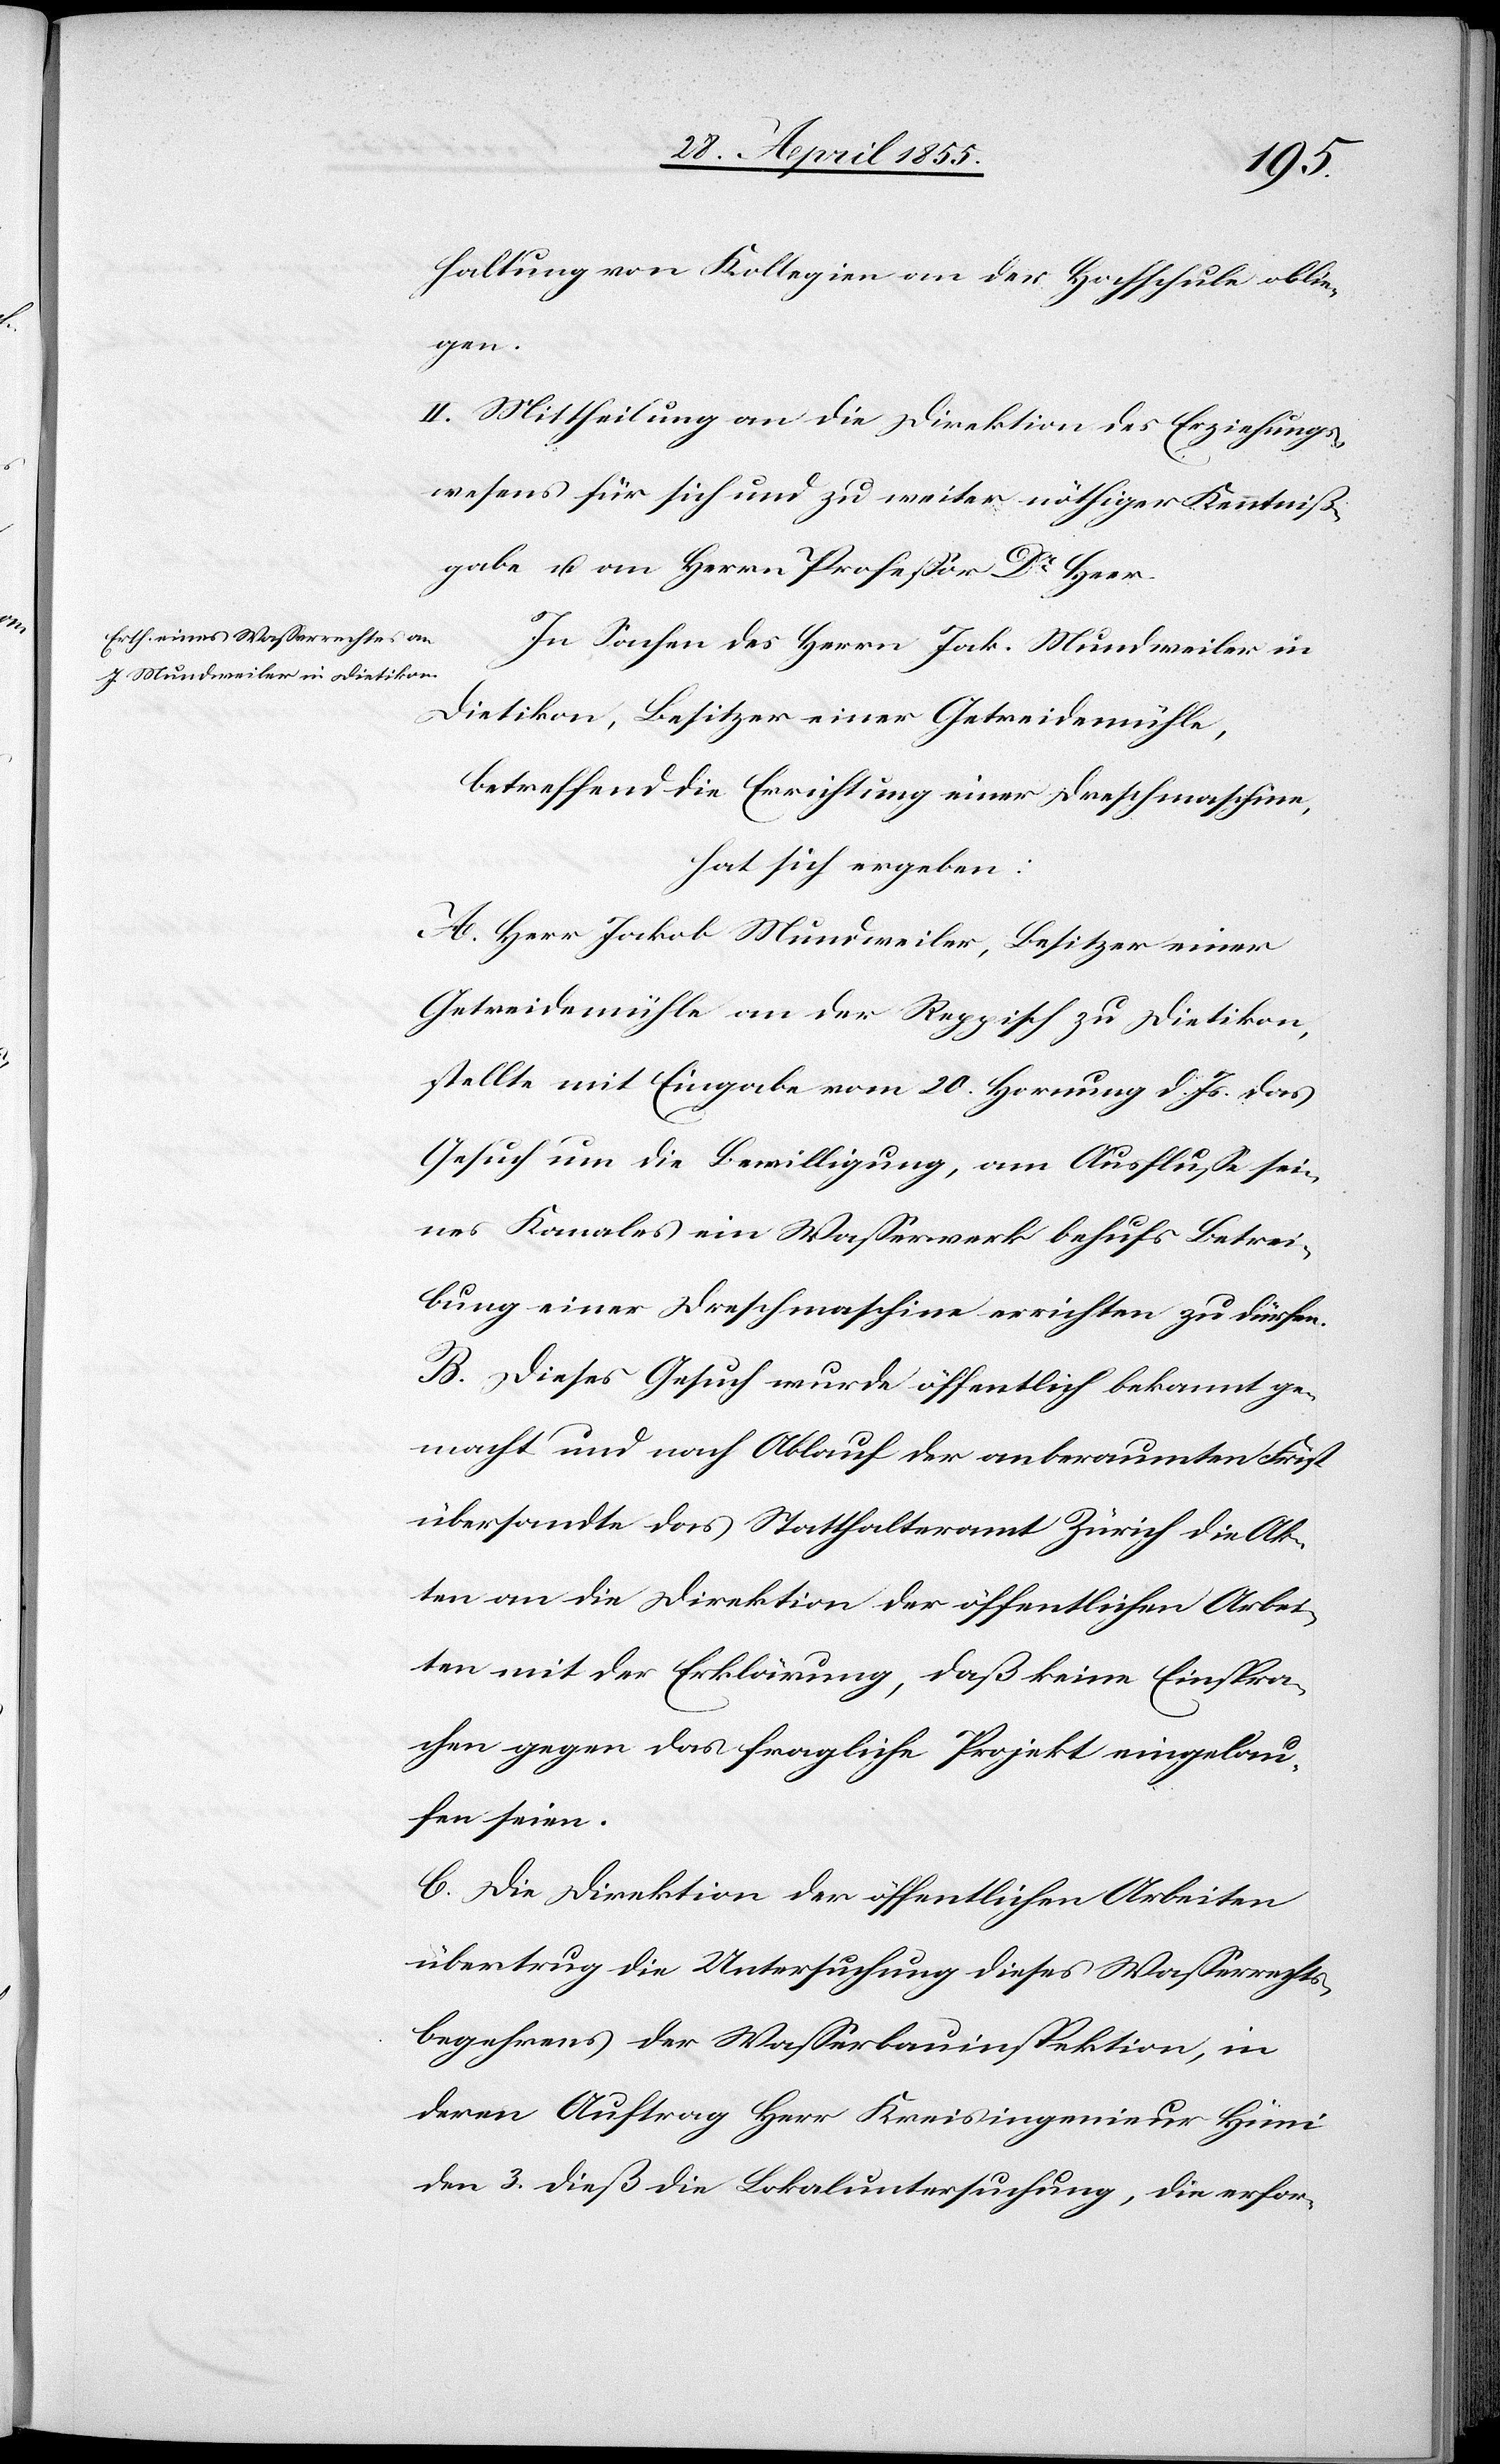
haltung von Kollegien an der Hochschule oblie¬
gen.
II. Mittheilung an die Direktion des Erziehungs¬
wesens für sich und zu weiter nöthiger Kenntniß¬
gabe u. an Herrn Professor Dr Heer.
In Sachen des Herrn Jak. Mundweiler in
Dietikon, Besitzer einer Getreidemühle,
betreffend die Errichtung einer Dreschmaschine,
hat sich ergeben:
A. Herr Jakob Mundweiler, Besitzer einer
Getreidemühle an der Reppisch zu Dietikon,
stellte mit Eingabe vom 20. Hornung d. Js. das
Gesuch um die Bewilligung, am Ausflusse sei¬
nes Kanales ein Wasserwerk behufs Betrei¬
bung einer Dreschmaschine errichten zu dürfen.
B. Dieses Gesuch wurde öffentlich bekannt ge¬
macht und nach Ablauf der anberaumten Frist
übersandte das Statthalteramt Zürich die Ak¬
ten an die Direktion der öffentlichen Arbei¬
ten mit der Erklärung, daß keine Einspra¬
chen gegen das fragliche Projekt eingelau¬
fen seien.
C. Die Direktion der öffentlichen Arbeiten
übertrug die Untersuchung dieses Wasserrechts¬
begehrens der Wasserbauinspektion, in
deren Auftrag Herr Kreisingenieur Hüni
den 3. dieß die Lokaluntersuchung, die erfor-